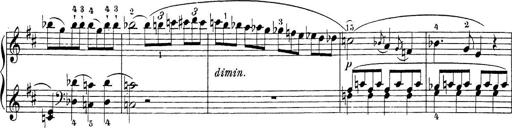
Title: Sonatina Album
Composer: Louis KÃ¶hler